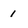
Character: 1